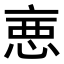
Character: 𢛫